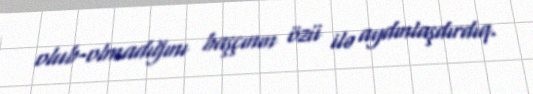
olub-olmadığını başçının özü ilə aydınlaşdırdıq.